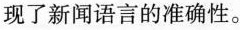
现了新闻语言的准确性。